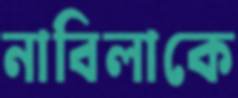
নাবিলাকে